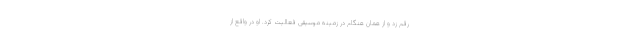
رقم زد و از همان هنگام در زمینهٔ موسیقی فعالیت ‌کرد. او در واقع از